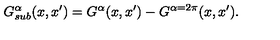
G _ { s u b } ^ { \alpha } ( x , x ^ { \prime } ) = G ^ { \alpha } ( x , x ^ { \prime } ) - G ^ { \alpha = 2 \pi } ( x , x ^ { \prime } ) .